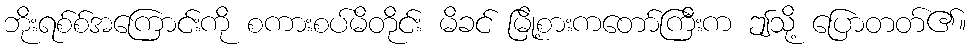
ဘိုးရစ်စ်အကြောင်းကို စကားစပ်မိတိုင်း မိခင် မြို့စားကတော်ကြီးက ဤသို့ ပြောတတ်၏။